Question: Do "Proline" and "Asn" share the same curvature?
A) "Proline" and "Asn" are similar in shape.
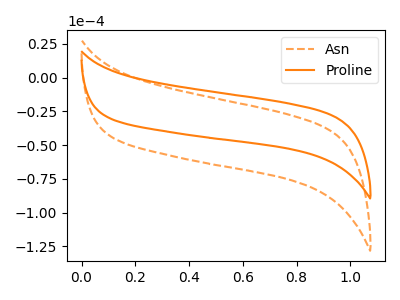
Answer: <think>The orange dashed curve "Asn" has no peaks. The orange curve "Proline" has no peaks.
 Neither "Proline" or "Asn" have any peaks.</think>
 <answer>A) "Proline" and "Asn" are similar in shape.</answer>
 <eval>A</eval>